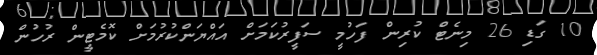
10 ގަޑި 26 މިނެޓް ކުރިން ފަހުމީ ސަފީރުކަމަށް އައްޔަންކުރުމަށް ކޮމެޓީން ރުހުން